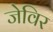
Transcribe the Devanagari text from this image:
जेविर